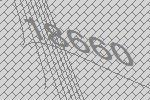
18660